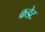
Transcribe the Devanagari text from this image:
कडेट